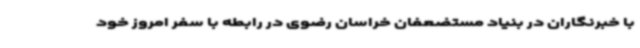
با خبرنگاران در بنیاد مستضعفان خراسان رضوی در رابطه با سفر امروز خود